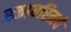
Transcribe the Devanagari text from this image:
स्कायरिमचे